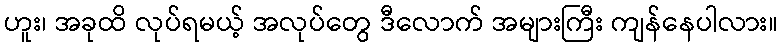
ဟူး၊ အခုထိ လုပ်ရမယ့် အလုပ်တွေ ဒီလောက် အများကြီး ကျန်နေပါလား။